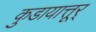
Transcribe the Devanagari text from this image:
कुडायात्तूर्